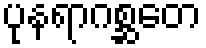
ပုနရာဂစ္ဆတေ